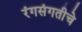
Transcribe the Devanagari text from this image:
रंगसंगतीचे